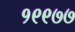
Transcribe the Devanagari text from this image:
१९९७७